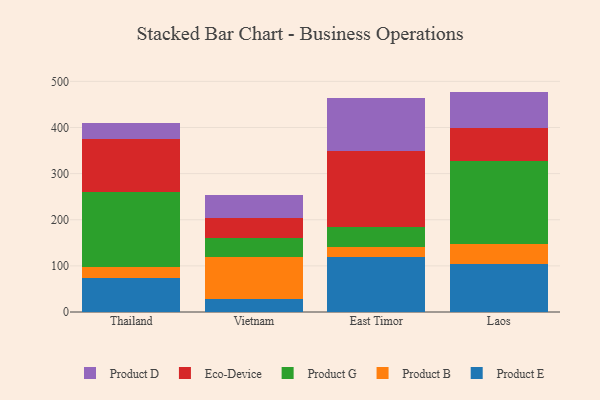
{"axis": {"x": "Country", "y": "Headcount"}, "legend": ["Eco-Device", "Product B", "Product D", "Product E", "Product G"], "data": [{"x": "Thailand", "y": 74.4, "type": "Product E"}, {"x": "Thailand", "y": 24.2, "type": "Product B"}, {"x": "Thailand", "y": 161.2, "type": "Product G"}, {"x": "Thailand", "y": 115.7, "type": "Eco-Device"}, {"x": "Thailand", "y": 35.0, "type": "Product D"}, {"x": "Vietnam", "y": 29.1, "type": "Product E"}, {"x": "Vietnam", "y": 89.5, "type": "Product B"}, {"x": "Vietnam", "y": 41.8, "type": "Product G"}, {"x": "Vietnam", "y": 43.5, "type": "Eco-Device"}, {"x": "Vietnam", "y": 49.3, "type": "Product D"}, {"x": "East Timor", "y": 119.8, "type": "Product E"}, {"x": "East Timor", "y": 21.0, "type": "Product B"}, {"x": "East Timor", "y": 43.9, "type": "Product G"}, {"x": "East Timor", "y": 164.7, "type": "Eco-Device"}, {"x": "East Timor", "y": 114.2, "type": "Product D"}, {"x": "Laos", "y": 104.4, "type": "Product E"}, {"x": "Laos", "y": 44.1, "type": "Product B"}, {"x": "Laos", "y": 177.8, "type": "Product G"}, {"x": "Laos", "y": 71.6, "type": "Eco-Device"}, {"x": "Laos", "y": 79.9, "type": "Product D"}]}